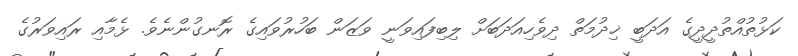
ކަޅުތުއްތުދީދީގެ އަދަބީ ޚިދުމަތް ދިވެހިއަދަބަށް ލިބިފައިވަނީ ވަޒަން ބަހުރުވައިގެ ރޮނގުންނެވެ. ޅެމާއި ރައިވަރުގެ